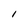
Character: l